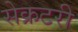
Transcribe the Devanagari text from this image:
सेेक्रटरी